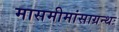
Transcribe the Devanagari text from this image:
मासमीमांसाग्रन्थः